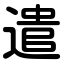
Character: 遣